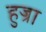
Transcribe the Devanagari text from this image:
हुज्रा